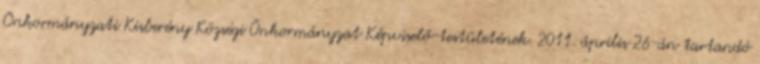
Önkormányzati Kisberény Községi Önkormányzat Képviselő-testületének. 2011. április 26-án tartandó